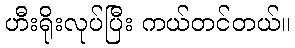
ဟီးရိုးလုပ်ပြီး ကယ်တင်တယ်။